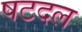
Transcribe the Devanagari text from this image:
षटदल